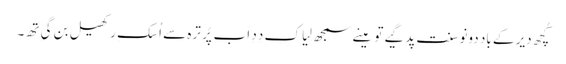
کُچھ دیر کے باد دونو سنت پد گیے تو مینے سمجھ لِیا کِ دِدِ اَب پُرِ ترہ سے اُسکِ رکھیل بن گیِ تھِ۔